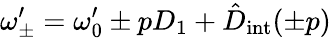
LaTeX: \omega_{\pm}^{\prime}=\omega_{0}^{\prime}\pm pD_{1}+\hat{D}_{\mathrm{int}}(\pm p)